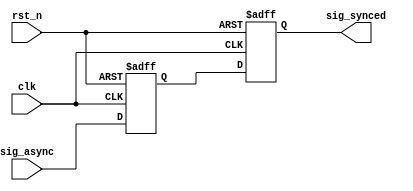
////////////////////////////////////////////////////////////////
// Copyright (c) 2019 PANGO MICROSYSTEMS, INC
// ALL RIGHTS REVERVED.
////////////////////////////////////////////////////////////////
//Description:
//History: v1.0
////////////////////////////////////////////////////////////////
`timescale 1ns/1ps
module ipsxb_rst_sync_v1_1 #
    (
    parameter DATA_WIDTH = 1'd1, //
    parameter DFT_VALUE  = {DATA_WIDTH{1'b0}}
    )
    (
     input   wire                   clk,
     input   wire                   rst_n,
     input   wire  [DATA_WIDTH-1:0] sig_async,
     output  wire  [DATA_WIDTH-1:0] sig_synced
    );

reg     [DATA_WIDTH-1:0]  sig_async_r1;
reg     [DATA_WIDTH-1:0]  sig_async_r2;

always@(posedge clk or negedge rst_n)
begin
    if (!rst_n)
    begin
        sig_async_r1 <= DFT_VALUE;
        sig_async_r2 <= DFT_VALUE;
    end
    else
    begin
        sig_async_r1 <= sig_async;
        sig_async_r2 <= sig_async_r1;
    end
end

assign sig_synced = sig_async_r2;

endmodule